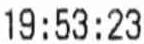
19:53:23